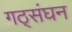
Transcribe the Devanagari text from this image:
गठ्संघन